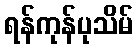
ရန်ကုန်ပုသိမ်